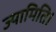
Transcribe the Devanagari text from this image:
ज्यामिति।